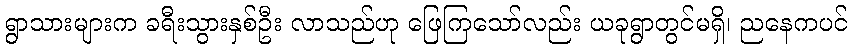
ရွာသားများက ခရီးသွားနှစ်ဦး လာသည်ဟု ဖြေကြသော်လည်း ယခုရွာတွင်မရှိ၊ ညနေကပင်